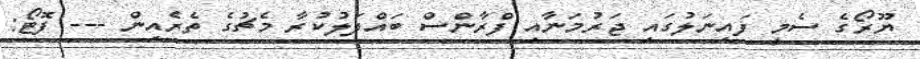
ޔޫރޯގެ ސެމީ ފައިނަލުގައި ޖަރުމަނާއި ފްރާންސް ބައްދަލުކުރާ މެޗުގެ ތެރެއިން --- ފޮޓޯ: